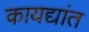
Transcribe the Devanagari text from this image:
कायद्यांत